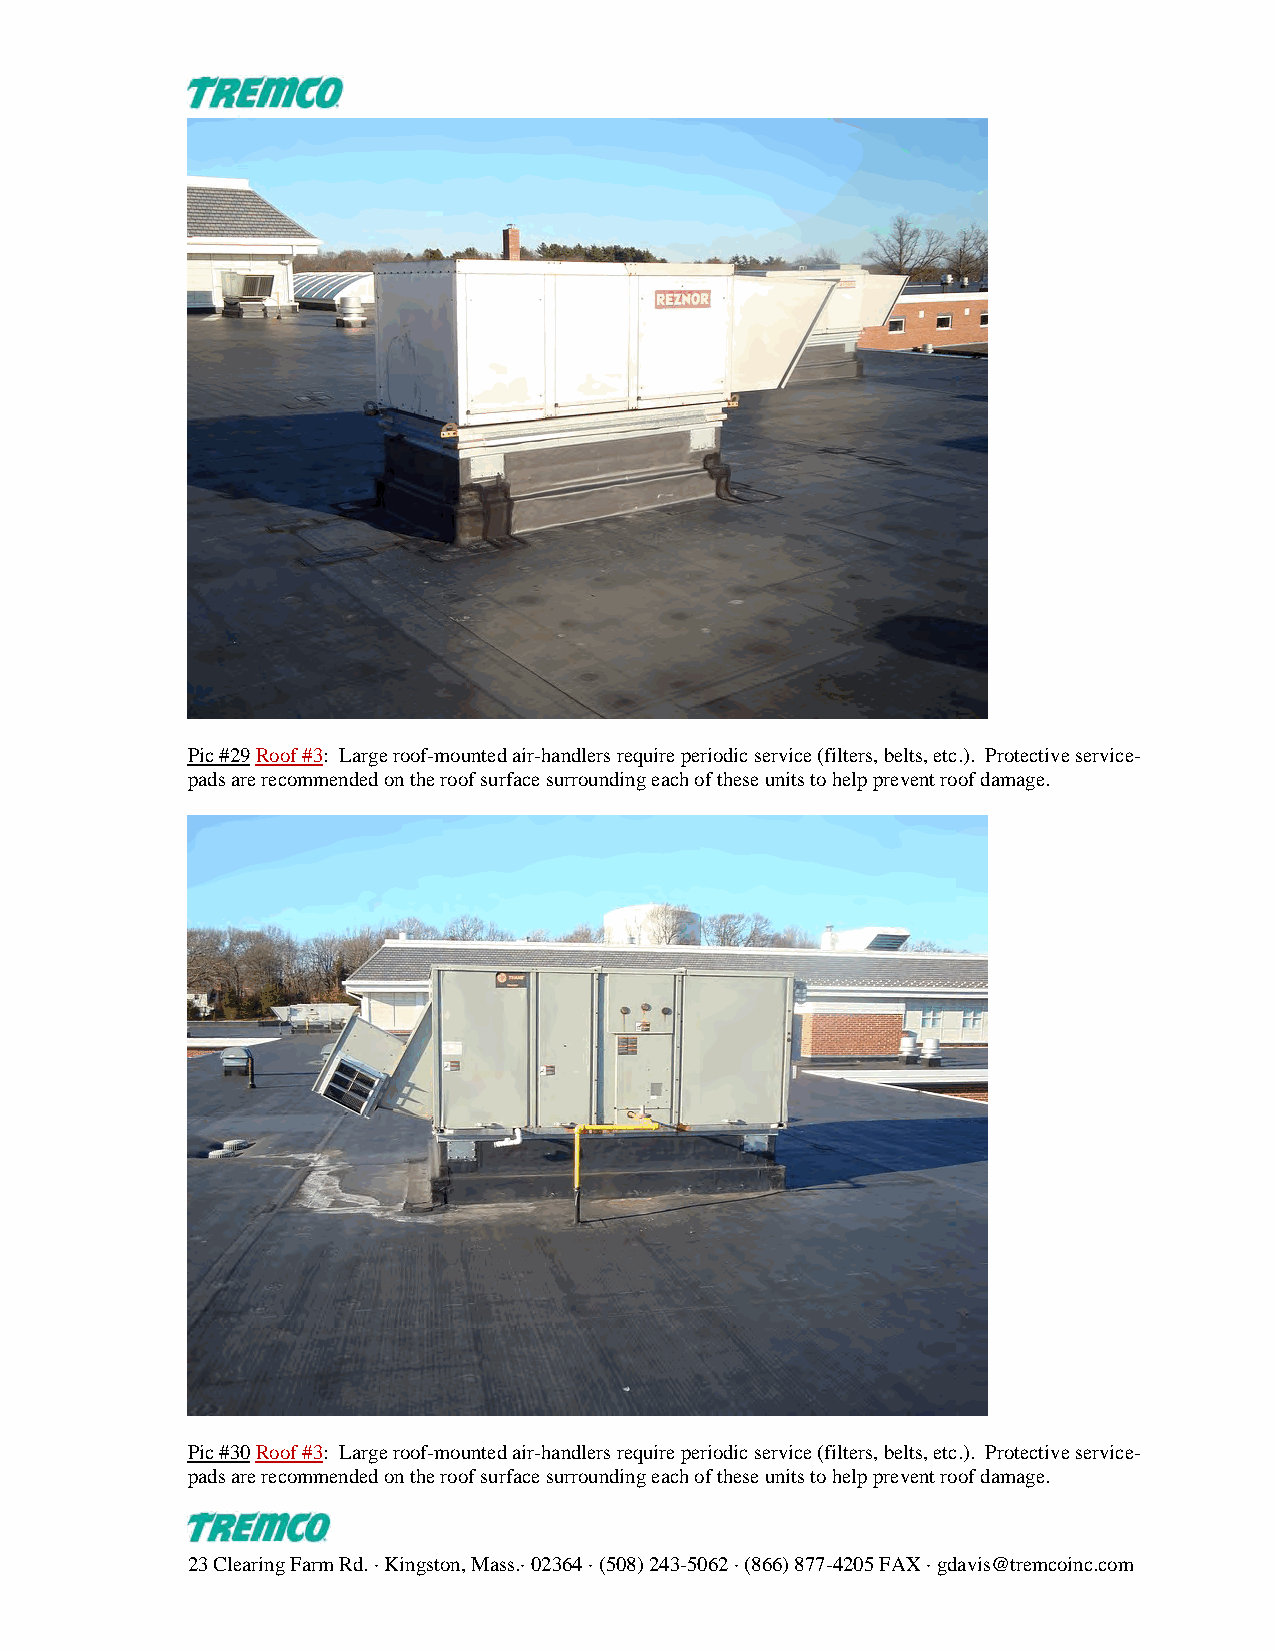
Pic #29 Roof #3: Large roof-mounted air-handlers require periodic service (filters, belts, etc.). Protective service-
 pads are recommended on the roof surface surrounding each of these units to help prevent roof damage.
 Pic #30 Roof #3: Large roof-mounted air-handlers require periodic service (filters, belts, etc.). Protective service-
 pads are recommended on the roof surface surrounding each of these units to help prevent roof damage.
 23 Clearing Farm Rd. · Kingston, Mass.· 02364 · (508) 243-5062 · (866) 877-4205 FAX · gdavis@tremcoinc.com